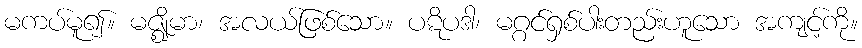
မကပ်မူ၍။ မဇ္ဈိမာ၊ အလယ်ဖြစ်သော။ ပဋိပဒါ၊ မဂ္ဂင်ရှစ်ပါးတည်းဟူသော အကျင့်ကို။